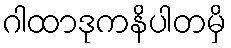
ဂါထာဒုကနိပါတမှိ